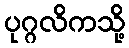
ပုဂ္ဂလိကသို့